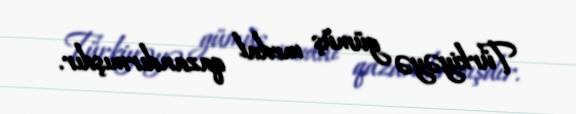
Türkiyəyə gümüş medal qazandırmışdır.